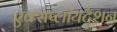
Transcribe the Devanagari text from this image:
एक्सप्लॉयटेशन